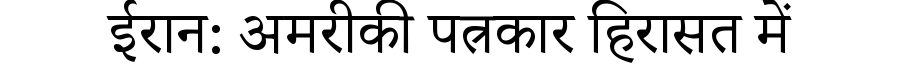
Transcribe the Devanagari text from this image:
ईरान: अमरीकी पत्रकार हिरासत में